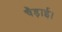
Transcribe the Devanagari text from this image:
चैड़ाई।